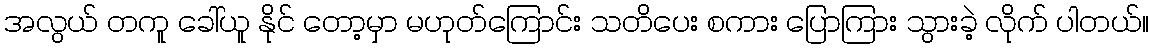
အလွယ် တကူ ခေါ်ယူ နိုင် တော့မှာ မဟုတ်ကြောင်း သတိပေး စကား ပြောကြား သွားခဲ့ လိုက် ပါတယ်။